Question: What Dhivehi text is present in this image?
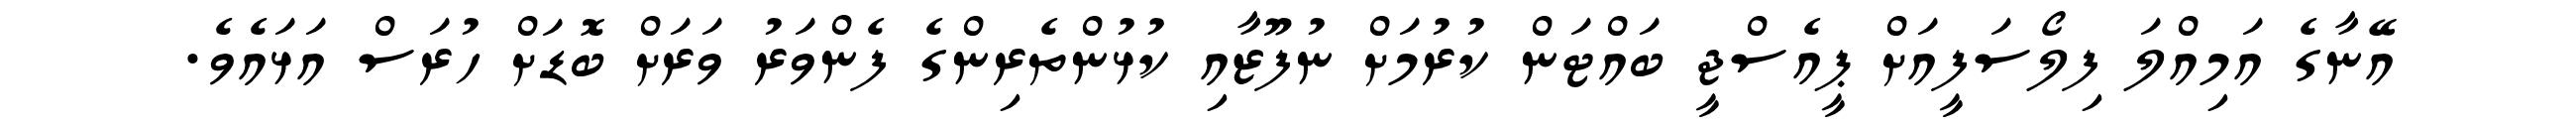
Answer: އޭނާގެ އަމިއްލަ ފިލޯސަފީއަށް ޕީއެސްޖީ ބައްޓަން ކުރުމަށް ނުފޫޒާއި ކުޅުންތެރިންގެ ފެންވަރު ވަރަށް ބޮޑަށް ހުރަސް އަޅައެވެ.